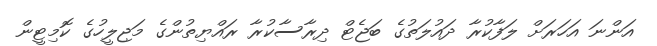
އަންނަ އަހަރަށް ލަފާކުރާ ދައުލަތުގެ ބަޖެޓް ދިރާސާކުރާ ރައްޔިތުންގެ މަޖިލީހުގެ ކޮމިޓީން